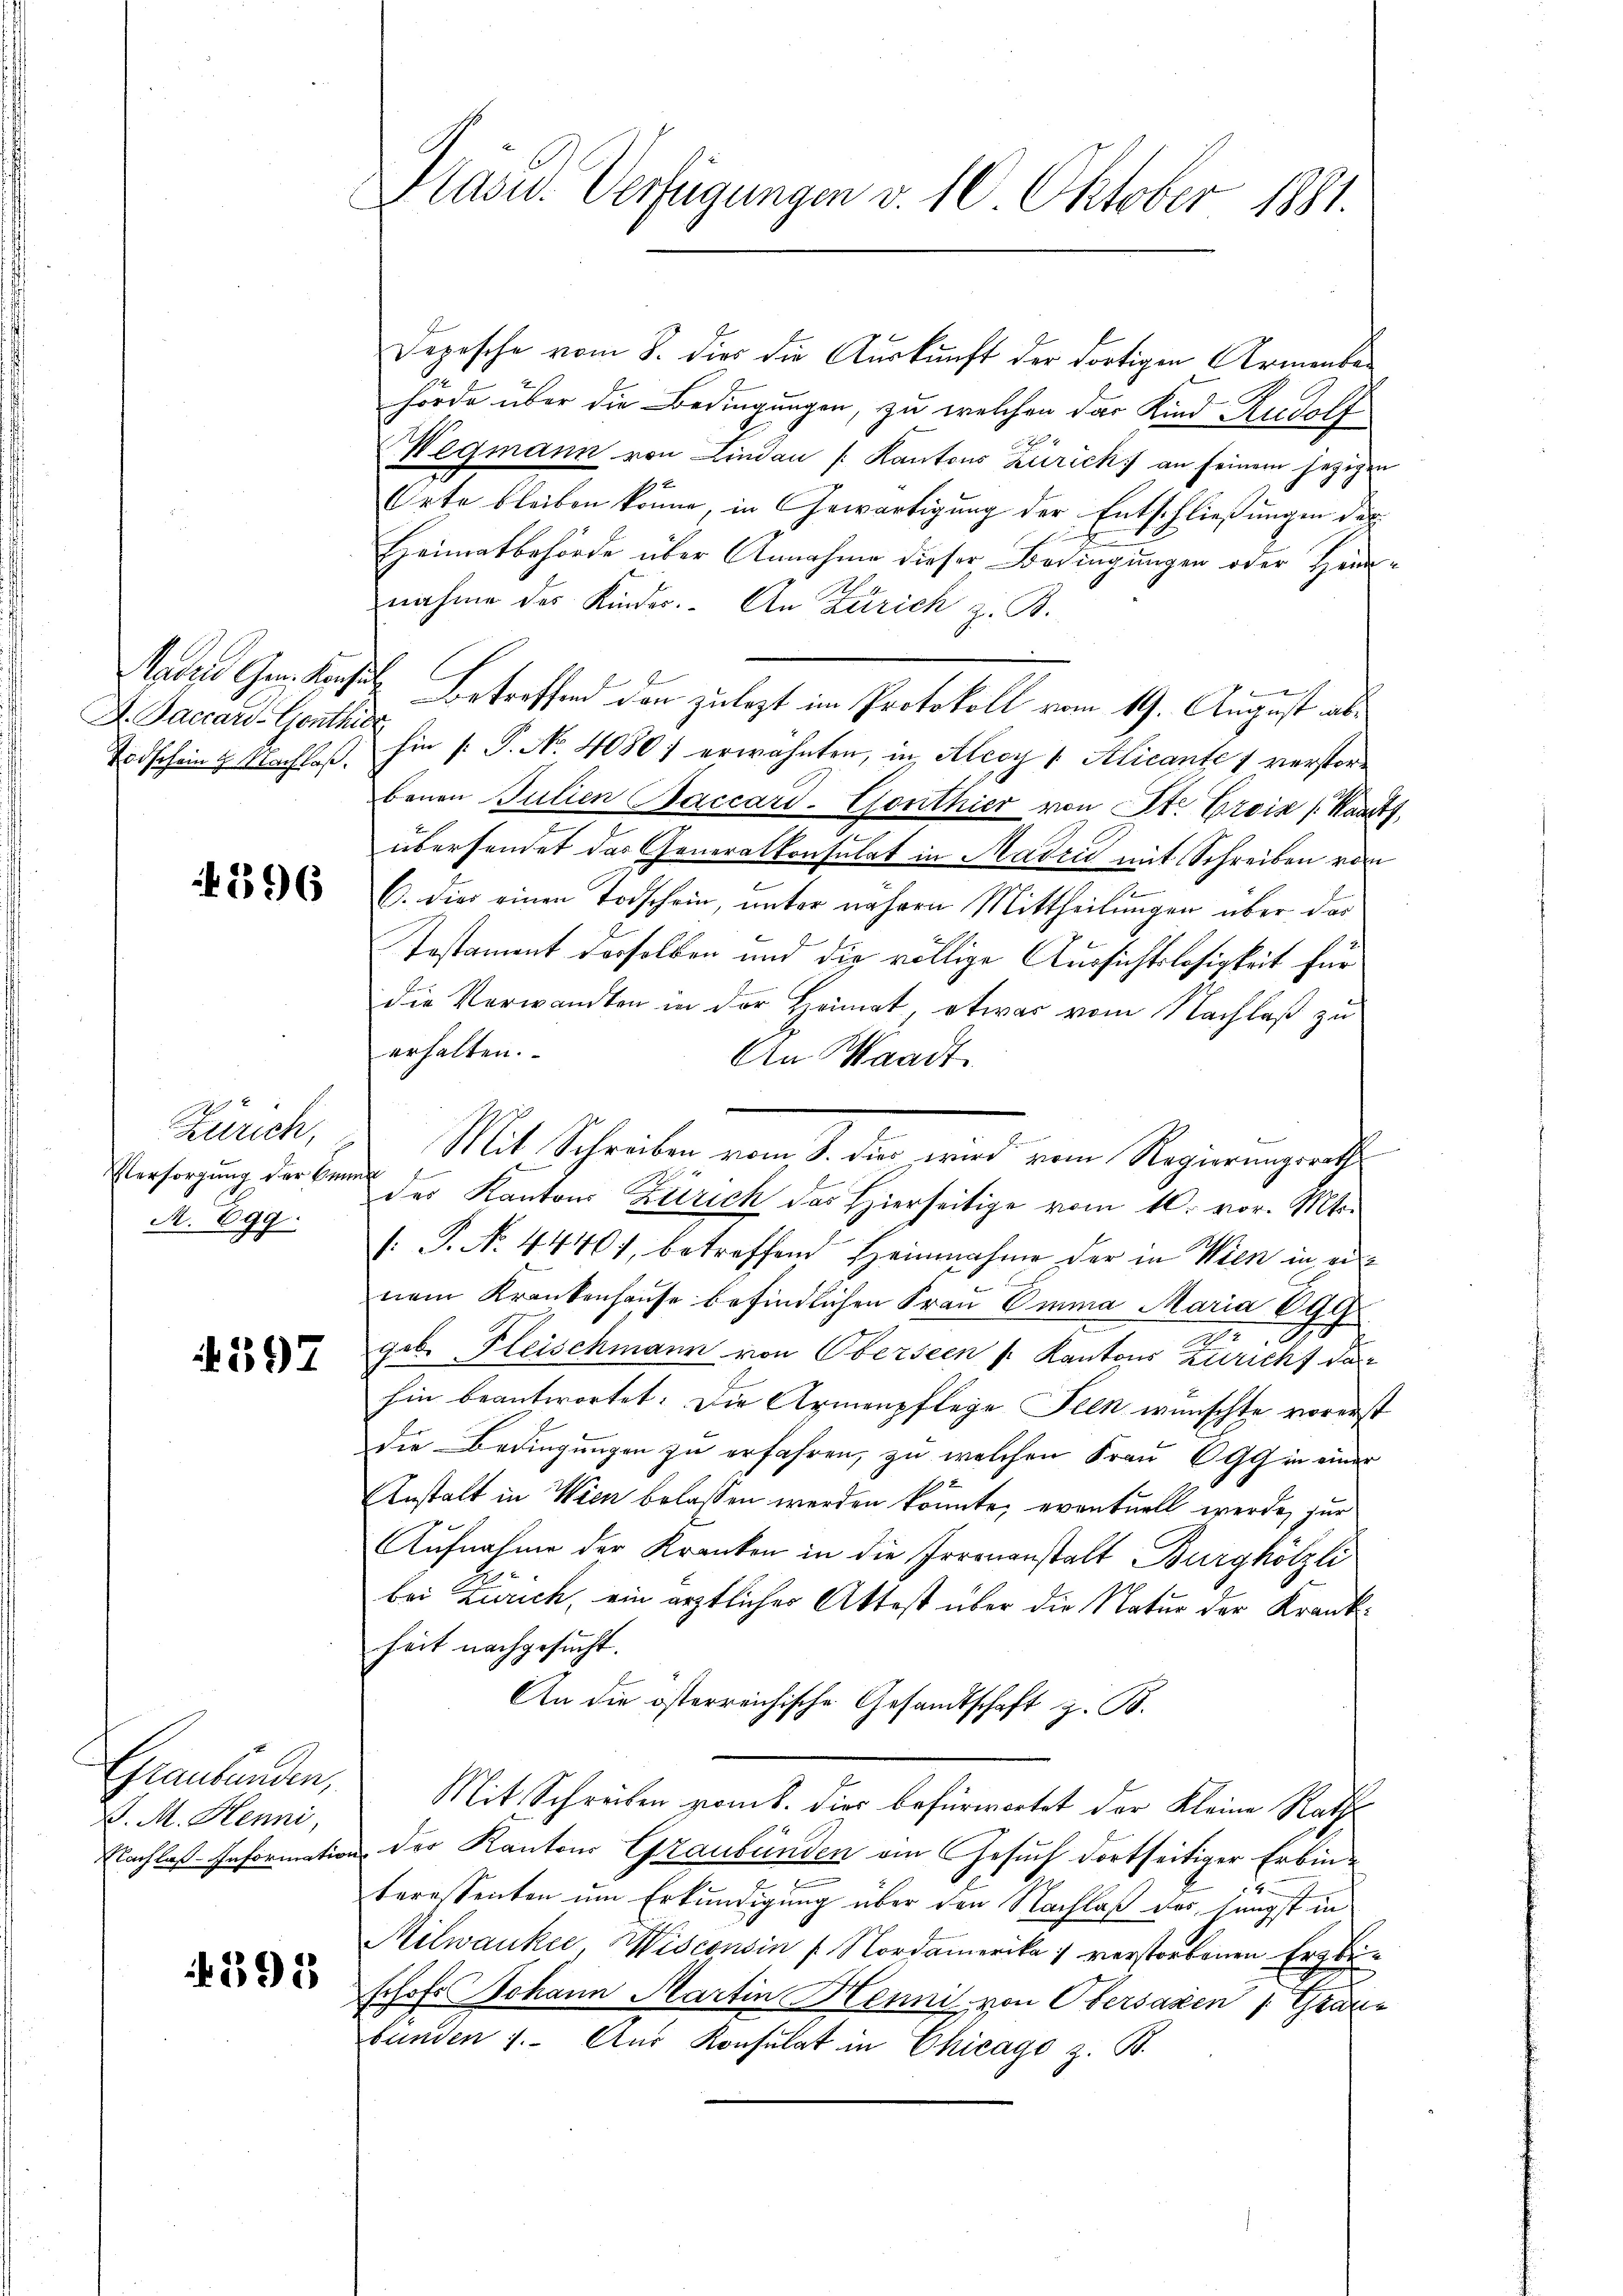
A. Baccar-Conthie

396

Zürich,
Versorgung der Bene
M. 699.

397

Graubünden,
D. M. Henni,

391

Präsid. Verfügungen v. 10 Oktober 1881.

Depesche vom 8. dies die Auskunft der dortigen Armenbehörde über die Bedingungen, zu welchen das Kind Rudolf
Wegmann von Lindau /: Kantons Zürich an seinem jezigen
Orte bleiben könne, in Gewärtigung der Entschließungen der
Heimatbehörde über Annahme dieser Bedingungen oder Heimnahme des Kindes. An Zürich z. B.
2
Mader Ges. Konsuls Betreffend den zulezt im Protokoll vom 19. August ab¬
Todschein & Nachlaβ. hin /: P. Nr. 4080) erwähnten, in Aleoy / Klicante 1 verstorbenen Julien Baccard-Conthier von St. Grois (Waadt,
übersendet das Generalkonsulat in Madzić mit Schreiben vom
.
C. dies einen Todschein, unter nähern Mittheilungen über das
Testament derselben und die völlige Aussichtslosigkeit für
die Verwandten in der Heimat, etwas vom Nachlaß zu
erhalten.
An Waadt.
Mit Schreiben vom 1. der wird von Regierungsante
der Kantons Zürich das Hierseitige vom 10. vor. Mts.
/: P. No. 4440, betreffend Heinnahme der in Wien in einem Krankenhause befindlichen Frau Emma Maria 699
geb. Fleischmann von Oberseen /: Kantons Züricht dar
hin beantwortet: Die Armenpflege Seen wünschte vorerst
die Bedingungen zu erfahren, zu welchen Frau C99 in einer
Anstalt in Wien belassen werden könnte; eventuell werde, zur
Aufnahme der Kranken in die Irrenanstalt Burghölzli
bei Zürich, ein ärztlicher Aktest über die Natur der Krankheit nachgesucht.
An die österreichische Gesandtschaft z. B.
Mit Schreiben vom 8. dies befürwortet der Kleine Raths
Nachlaß-Information der Kantons Graubünden an Gesuch dortseitiger Erbinteressenten um Erkundigung über den Nachlaß das jüngst in
Melwanker, Wisconsin / Nordamerika verstorbenen Erzbei¬
Erhofs Johann Martin Henni von Obersaxen /: Graue
bünden 1. Aus Konsulat in Chicago z. B.